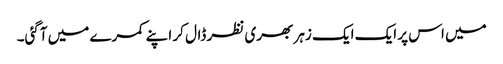
میں اس پر ایک ایک زہر بھری نظر ڈال کر اپنے کمرے میں آگئی۔